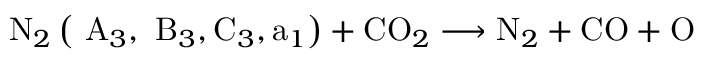
\mathrm { ~ N } _ { 2 } \left( \mathrm { ~ A } _ { 3 } , \mathrm { ~ B } _ { 3 } , \mathrm { C } _ { 3 } , \mathrm { a } _ { 1 } \right) + \mathrm { C O } _ { 2 } \longrightarrow \mathrm { N } _ { 2 } + \mathrm { C O } + \mathrm { O }